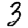
Digit: 3